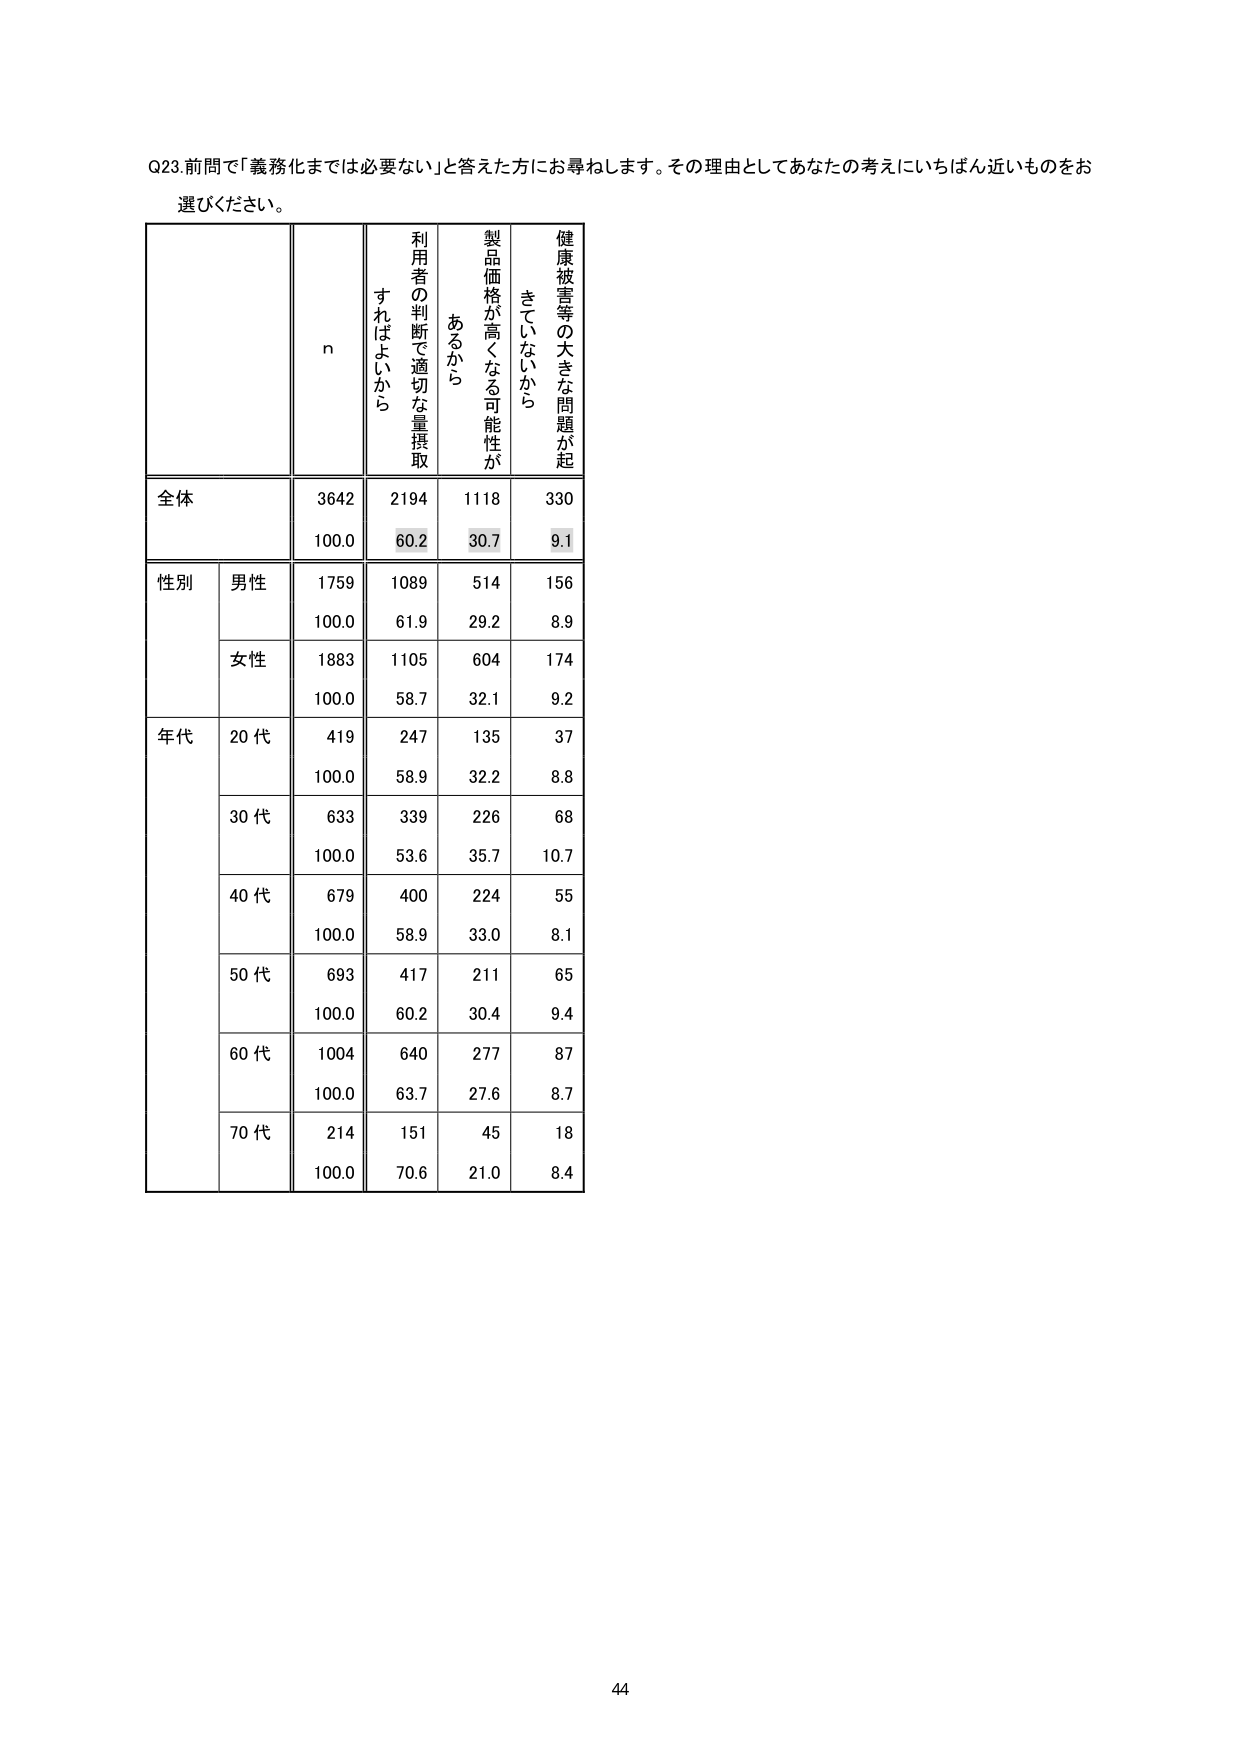
Q23. 前問で「義務化までは必要ない」と答えた方にお尋ねします。その理由としてあなたの考えにいちばん近いものをお選びください。

n
利用者の判断で適切な量摂取すればよいかから
製品価格が高くなる可能性があるから
健康被害等の大きな問題が起きていないから

全体
3642
2194
1118
330
100.0
60.2
30.7
9.1

性別
男性
1759
1089
514
156
100.0
61.9
29.2
8.9
女性
1883
1105
604
174
100.0
58.7
32.1
9.2

年代
20代
419
247
135
37
100.0
58.9
32.2
8.8
30代
633
339
226
68
100.0
53.6
35.7
10.7
40代
679
400
224
55
100.0
58.9
33.0
8.1
50代
693
417
211
65
100.0
60.2
30.4
9.4
60代
1004
640
277
87
100.0
63.7
27.6
8.7
70代
214
151
45
18
100.0
70.6
21.0
8.4

44